Punjab Mental Hospital Lahore 1922-31 - 1922-1931
Year: 1922
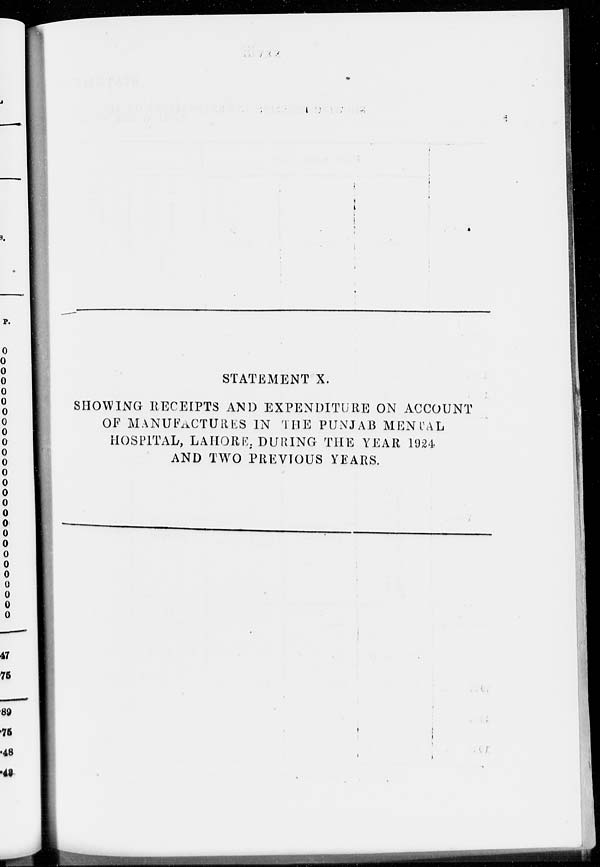
STATEMENT X.
SHOWING RECEIPTS AND EXPENDITURE ON ACCOUNT
OF MANUFACTURES IN THE PUNJAB MENTAL
HOSPITAL, LAHORE. DURING THE YEAR 1924
AND TWO PREVIOUS YEARS.